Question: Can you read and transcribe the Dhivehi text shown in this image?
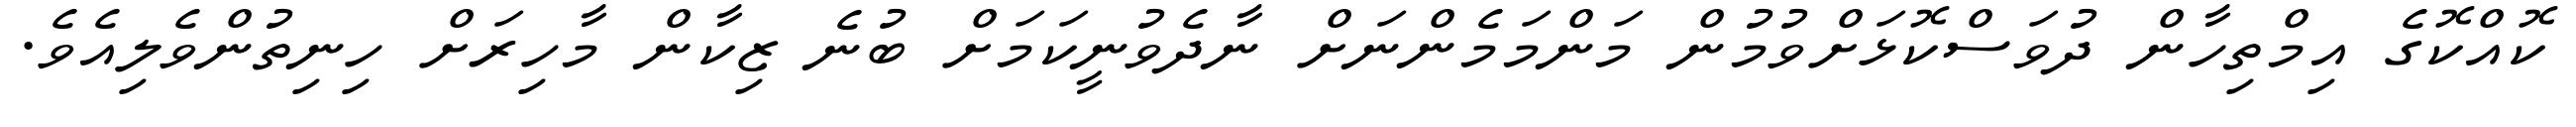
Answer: ކޮއްކޮގެ އިމްތިހާން ދުވަސްކޮޅަށްވުމުން މަންމަމެންނަށް ނާދެވުނީކަމަށް ބުނެ ޒިކާން މާހިރަށް ހިނިތުންވެލިއެވެ.